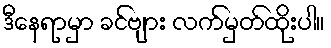
ဒီနေရာမှာ ခင်ဗျား လက်မှတ်ထိုးပါ။